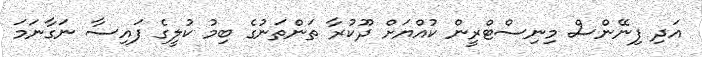
އަދި ފިނޭންސް މިނިސްޓްރީން ކުއްޔަށް ދޫކުރާ ތަންތަނުގެ ބިމު ކުލީގެ ފައިސާ ނަގާނަމަ